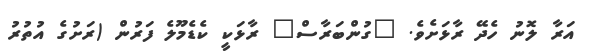
އަރާ ލޮނު ހެދޭ ރާޅަށެވެ. "ގުންބަރާސް" ރާޅަކީ ކެޑެމޫލެ ފަރުން (ރަށުގެ އުތުރު